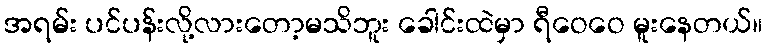
အရမ်း ပင်ပန်းလို့လားတော့မသိဘူး ခေါင်းထဲမှာ ရီဝေဝေ မူးနေတယ်။